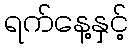
ရက်နေ့နှင့်